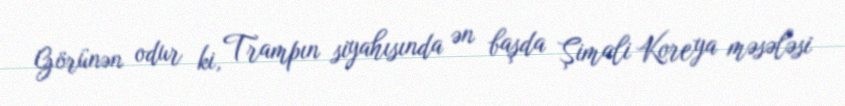
Görünən odur ki, Trampın siyahısında ən başda Şimali Koreya məsələsi